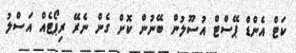
ކަޓް އެންޑް ޕޭސްޓް އުސޫލުން ބޭނުން ކޮށް ގެން ނެރޭ ރިޕޯޓެއް އަސްލު